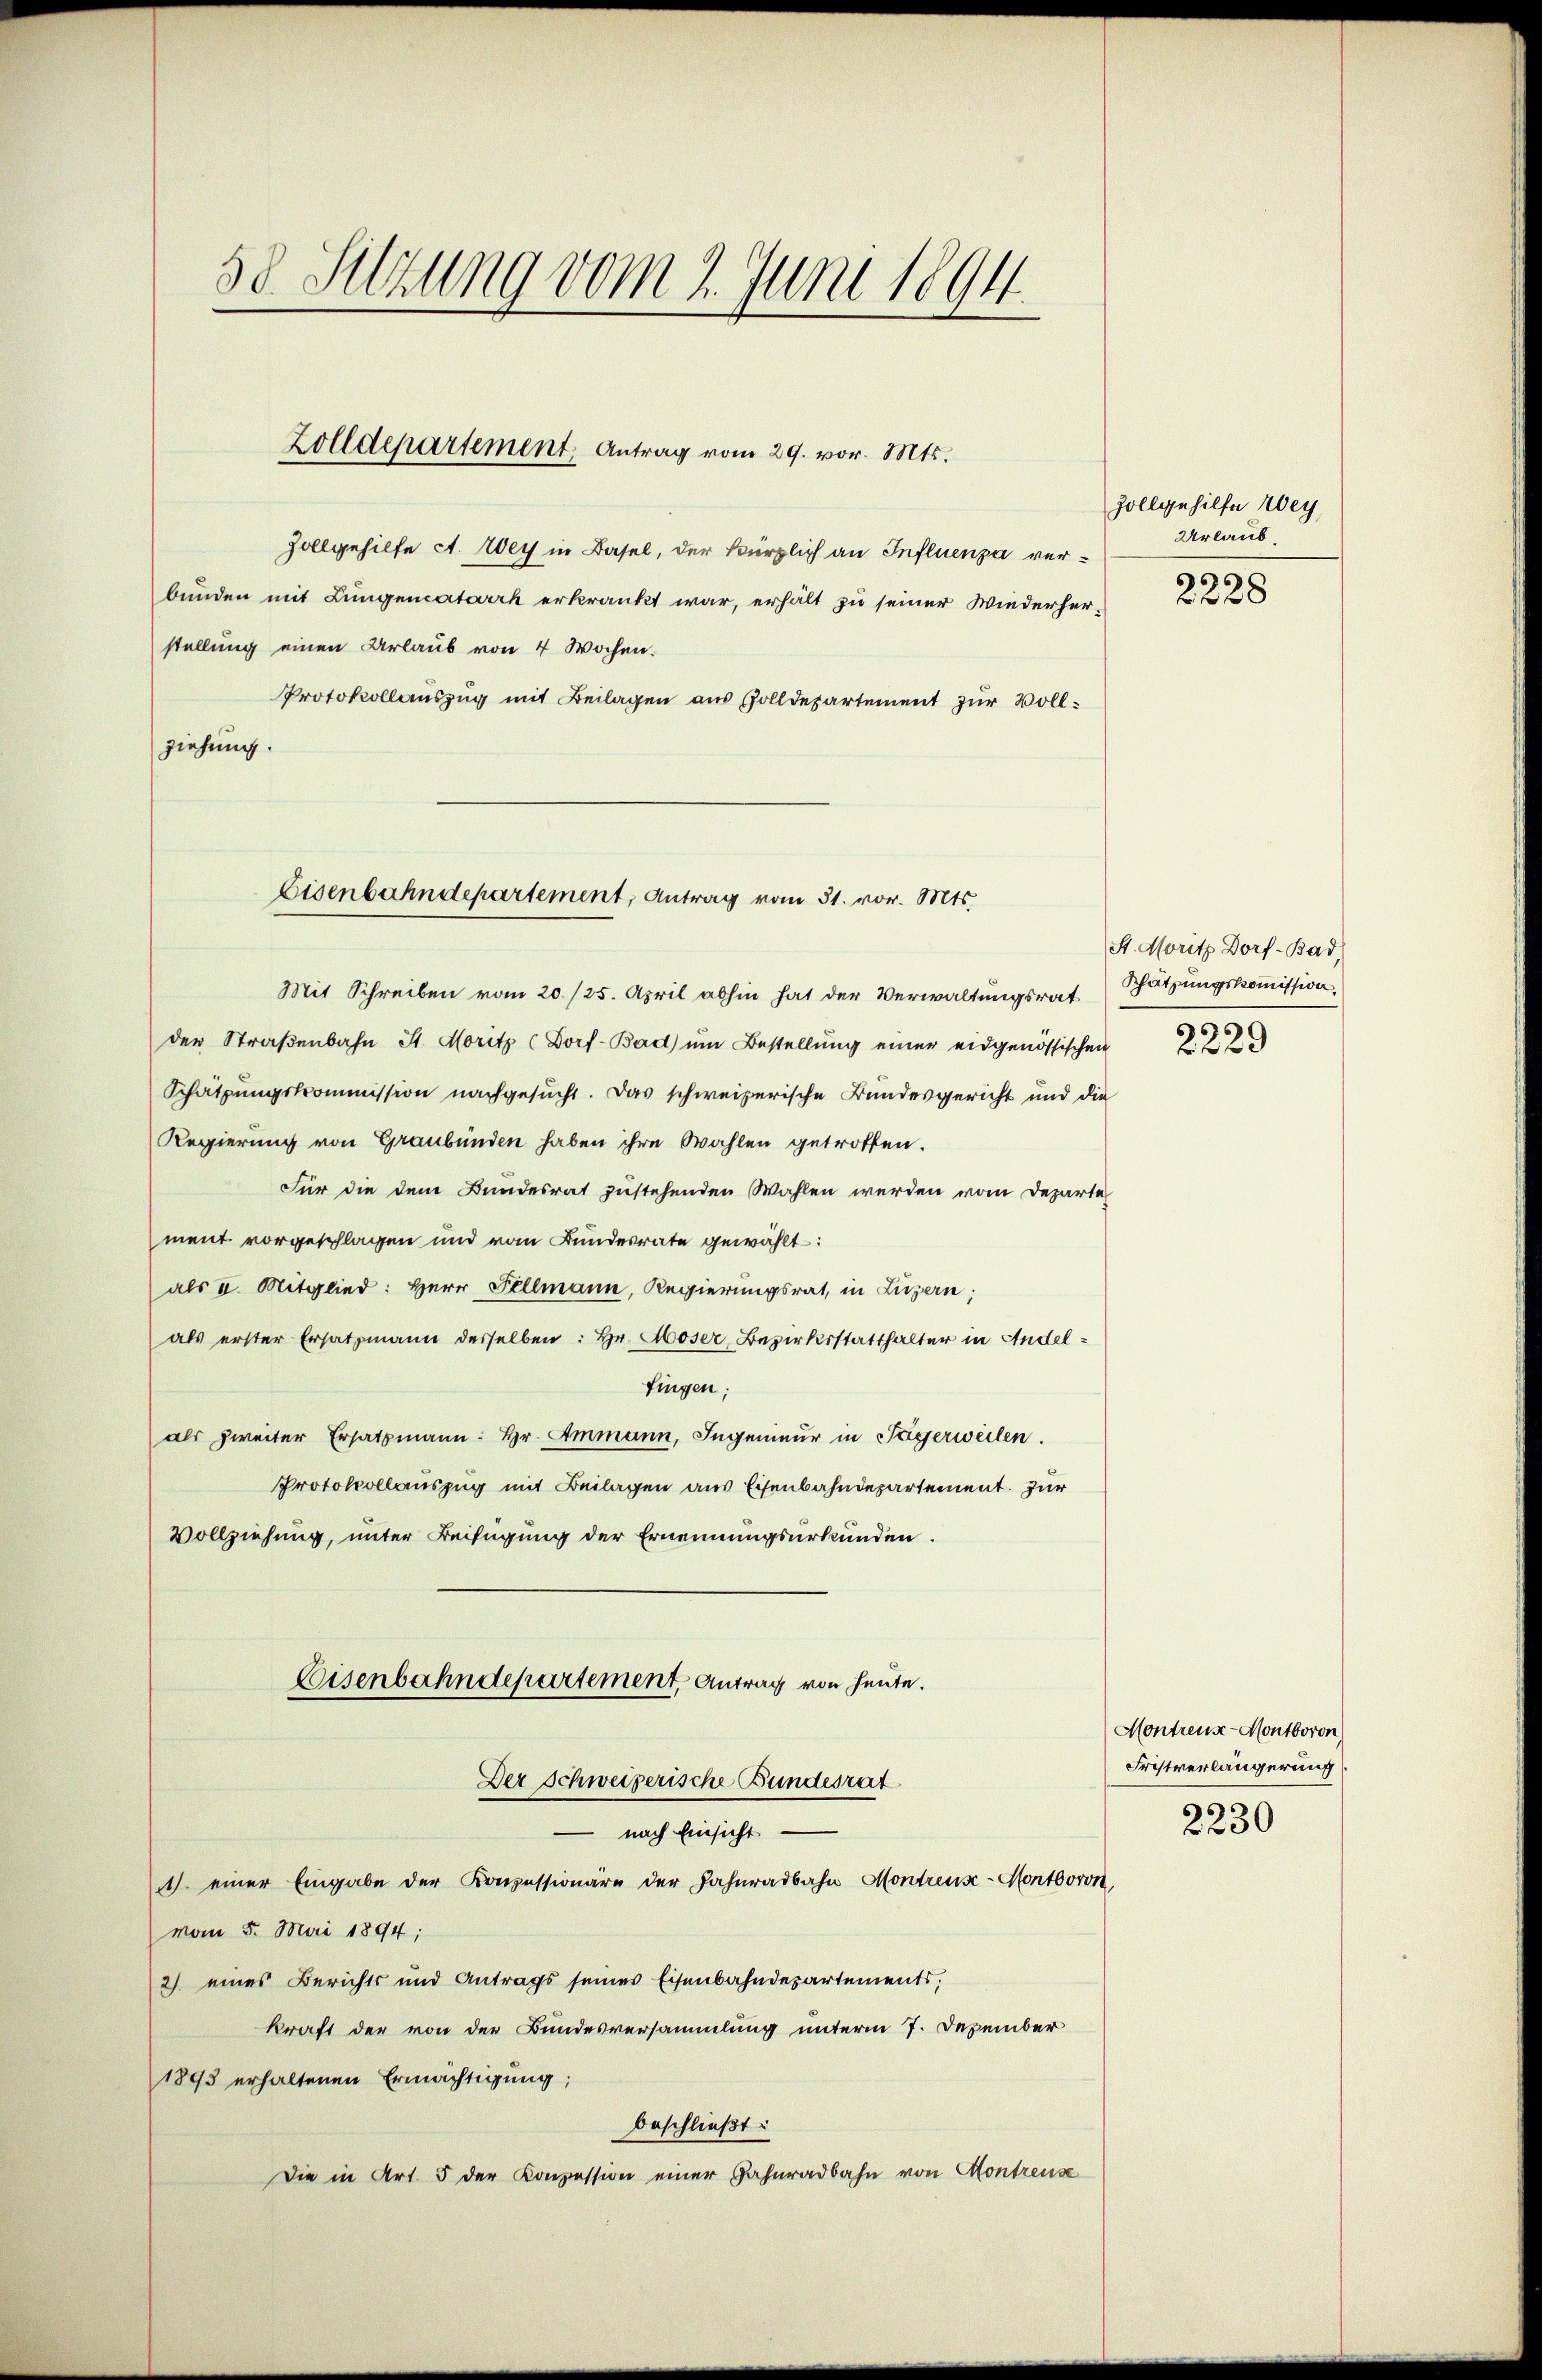
38. Sitzung vom 2. Juni 1894

Zolldepartement, Antrag vom 29. vor. Mts.

Zollgehilfe A. Wey in Basel, der kürzlich an Influenza verbunden mit Lungeneatarrh erkränkt war, erhält zu seiner Wiederher-
stellung einen Urlaub von 4 Wochen.
Protokollauszug mit Beilagen aus Zolldepartement zur Vollziehung.

Eisenbahndepartement, Antrag vom 31. vor. Mts.

Regierung von Graubünden haben ihre Wahlen getroffen.
Für die dem Bundesrat zustehenden Wahlen werden vom Departe
ment vorgeschlagen und vom Bundesrate gewählt:
als I. Mitglied: Herr Fellmann, Regierungsrat, in Luzern;
als erster Ersatzmann desselben: Hr. Moser Bezirksstatthalter in Andelfingen;
als zweiter Ersatzmann: hr. Ammann, Ingenieur in Tägerweilen.
Protokollauszug mit Beilagen aus Eisenbahndepartement. Zur
Vollziehung, unter Beifügung der Ernennungsurkunden.
Eisenbahndepartement, Antrag von heute.
Der Schweizerische Bundesrat
nach Einsicht
) einer Eingabe der Konzessionäre der Fahnradbahn, Montreus-Montboron,
vom 5. Mai 1894;
2) eines Berichts und Antrags seines Eisenbahndepartements,
kraft der von der Bundesversammlung unterm 7. Dezember
1893 erhaltenen Ermächtigung;
beschließt:
Die in Art. 5 der Konzession einer Zahnradbahn von Montreuse

Mit Schreiben vom 20./25. April abhin hat der Verwaltungsrat Schätzungskommission,
der Straβenbahn St. Moritz (Dorf-Bad ŭm Bestellung einer eidgenössischen
Schätzungskommission nachgesucht. Das schweizerische Bundesgericht und die

Zollgehilfe Wey
Urlaub.
6
8

f

St. Moritz Dorf-Bad,
55

f 2 x

Montreus-Montboron
Fristverlängerung
2230